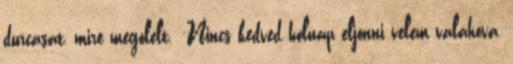
durcásat, mire megölelt. -Nincs kedved holnap eljönni velem valahova,